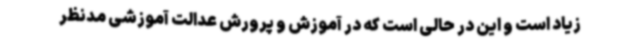
زیاد است و این در حالی است که در آموزش و پرورش عدالت آموزشی مدنظر